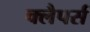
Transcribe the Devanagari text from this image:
क्लैपर्स